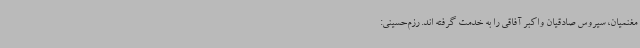
مغنمیان، سیروس صادقیان واکبر آفاقی را به خدمت گرفته اند. رزم‌حسینی: